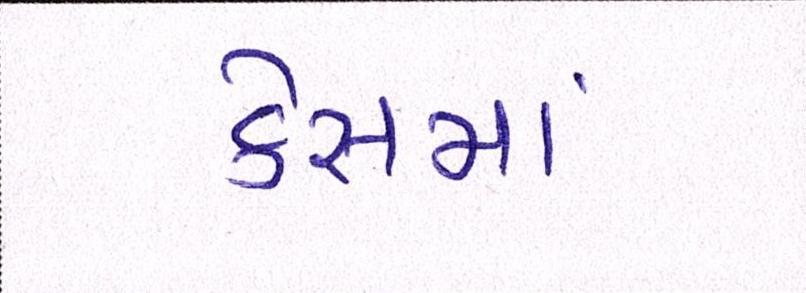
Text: કેસમાં